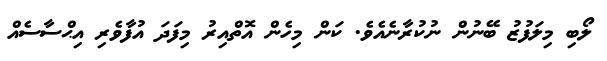
ލޯބި މިލަފުޒު ބޭނުން ނުކުރާނެއެވެ. ކަން މިހެން އޮތްއިރު މިފަދަ އުފާވެރި އިޙްސާސެއް